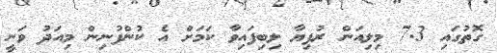
ގޮތުގައި 7.3 މިލިއަން ރުފިޔާ ލިބިފައިވާ ކަމަށް އެ ކުންފުނިން މިއަދު ވަނީ